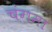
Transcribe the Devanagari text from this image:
चंगमा